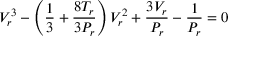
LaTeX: V _ { r } ^ { 3 } - \left( { \frac { 1 } { 3 } } + { \frac { 8 T _ { r } } { 3 P _ { r } } } \right) V _ { r } ^ { 2 } + { \frac { 3 V _ { r } } { P _ { r } } } - { \frac { 1 } { P _ { r } } } = 0